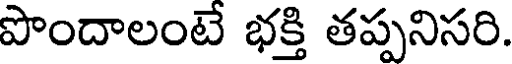
పొందాలంటే భక్తి తప్పనిసరి.